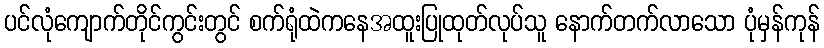
ပင်လုံကျောက်တိုင်ကွင်းတွင် စက်ရုံထဲကနေအထူးပြုထုတ်လုပ်သူ နောက်တက်လာသော ပုံမှန်ကုန်